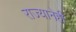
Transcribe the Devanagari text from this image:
राज्यानेही